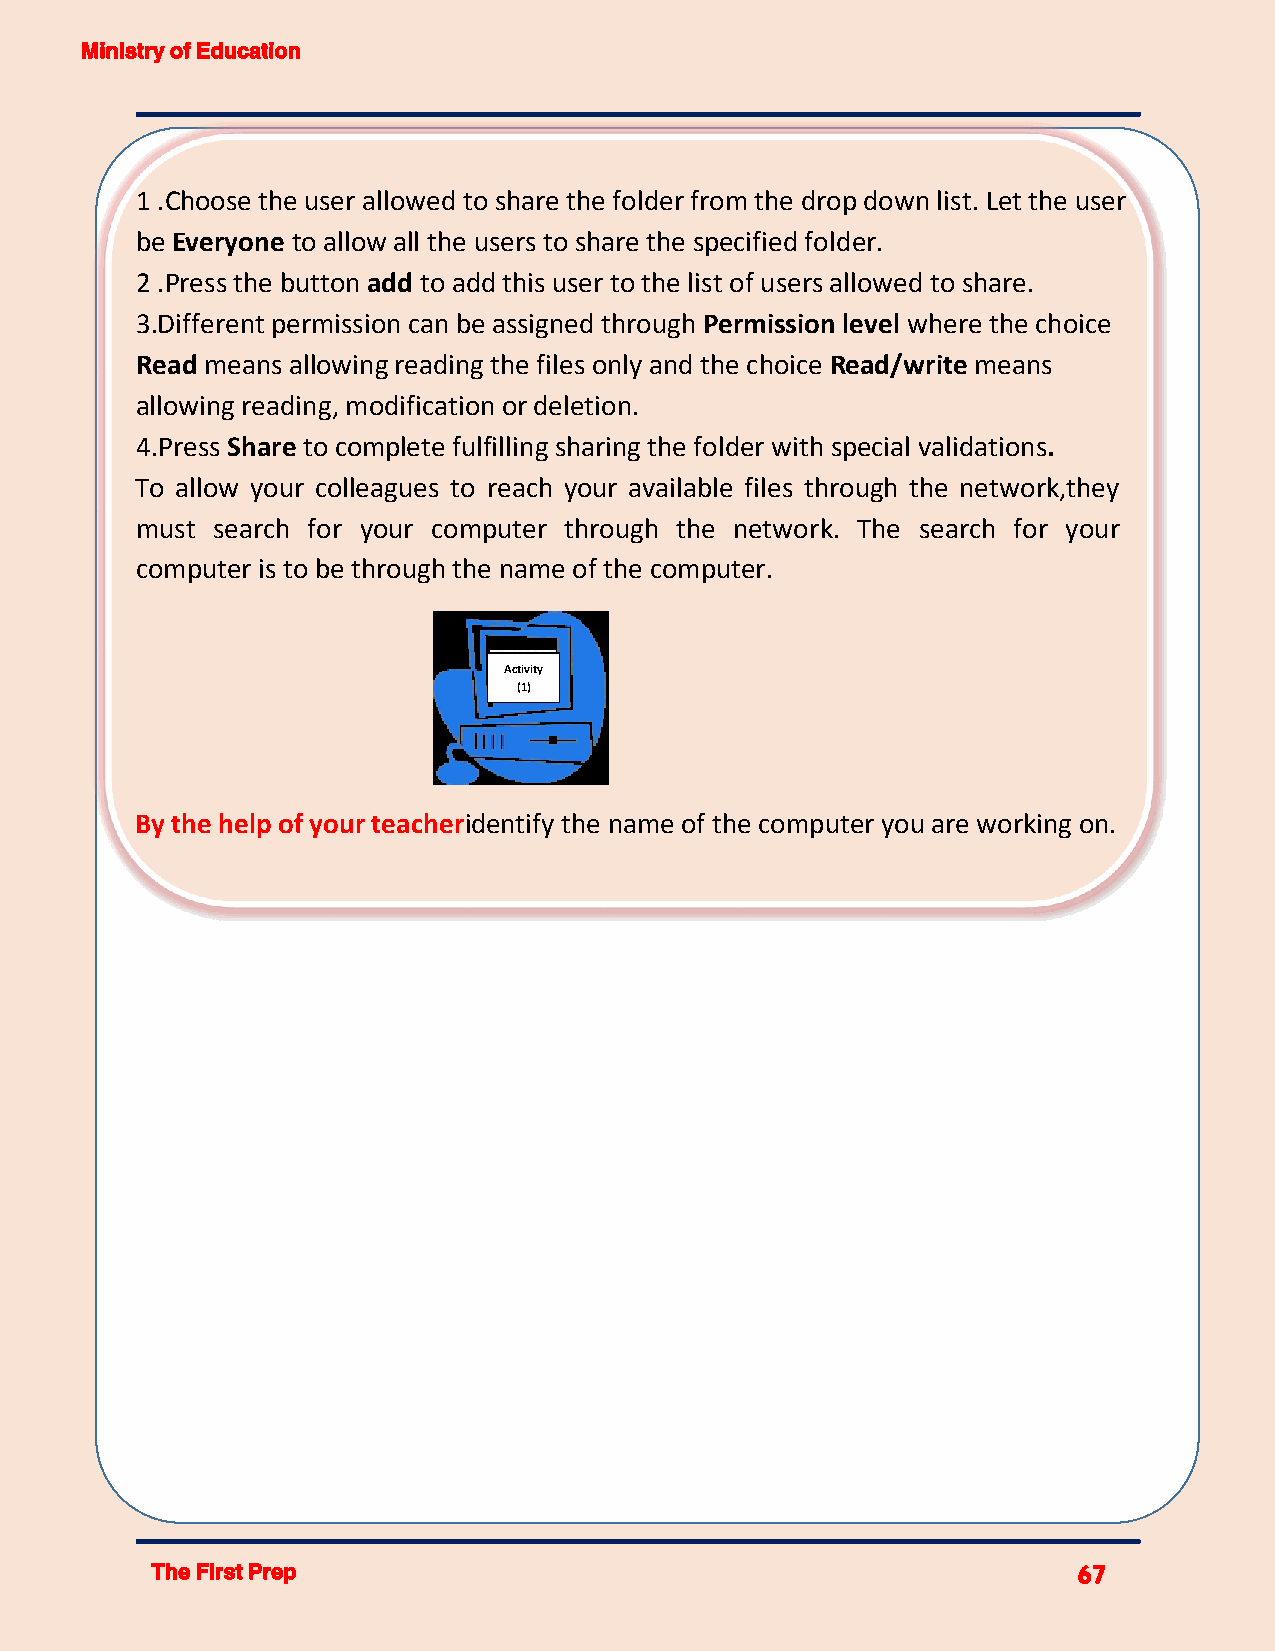
Ministry of Education
 1 .Choose the user allowed to share the folder from the drop down list. Let the user
 be Everyone to allow all the users to share the specified folder.
 2 .Press the button add to add this user to the list of users allowed to share.
 3.Different permission can be assigned through Permission level where the choice
 Read means allowing reading the files only and the choice Read/write means
 allowing reading, modification or deletion.
 4.Press Share to complete fulfilling sharing the folder with special validations.
 To allow your colleagues to reach your available files through the network,they
 must search for your computer through the network. The search for your
 computer is to be through the name of the computer.
 Activity
 (1)
 By the help of your teacheridentify the name of the computer you are working on.
 The First Prep                                               67